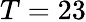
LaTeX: T=23